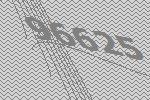
96625